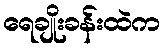
ရေချိုးခန်းထဲက